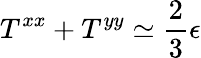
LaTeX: T^{xx}+T^{yy}\simeq\frac{2}{3}\epsilon